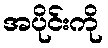
အပိုင်းကို